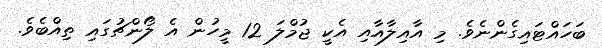
ބަހައްޓައިގެންނެވެ. މި އާއިލާއާއި އެކީ ޖުމްލަ 12 މީހުން އެ ލޯންޗުގައި ތިއްބެވެ.